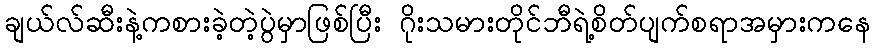
ချယ်လ်ဆီးနဲ့ကစားခဲ့တဲ့ပွဲမှာဖြစ်ပြီး ဂိုးသမားတိုင်ဘီရဲ့စိတ်ပျက်စရာအမှားကနေ